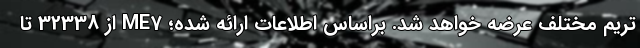
تریم مختلف عرضه خواهد شد. براساس اطلاعات ارائه شده؛ ME7 از 32338 تا